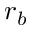
r _ { b }